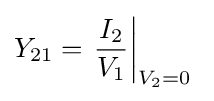
Y_{21}=\left.{\frac {I_{2}}{V_{1}}}\right|_{V_{2}=0}\